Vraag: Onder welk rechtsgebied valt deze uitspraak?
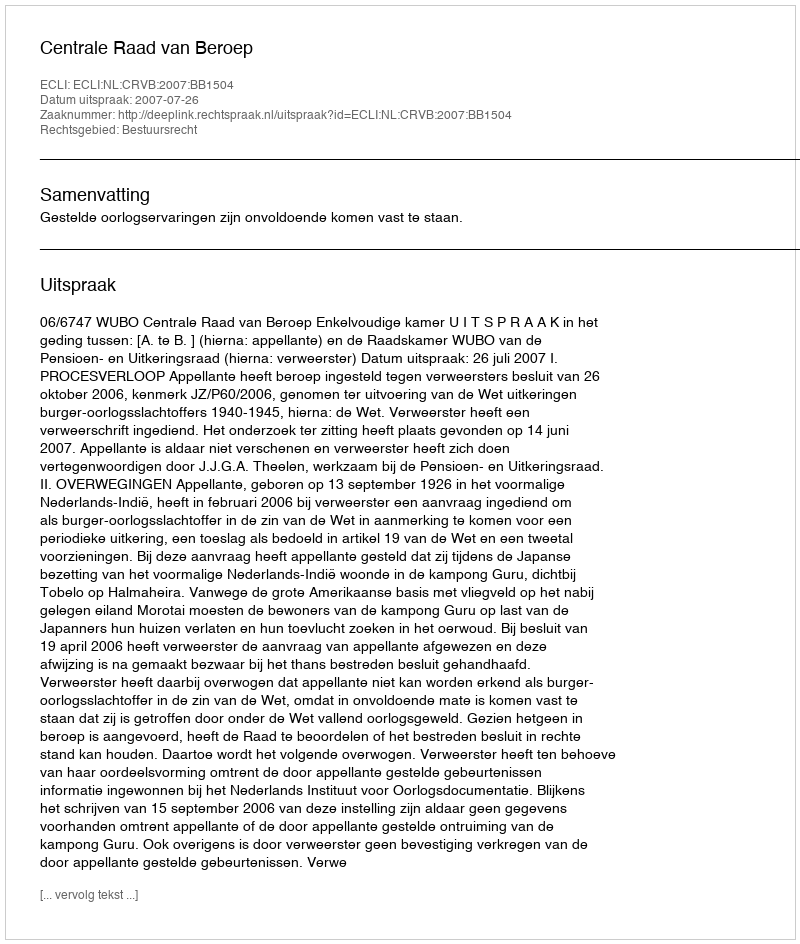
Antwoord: Bestuursrecht